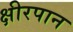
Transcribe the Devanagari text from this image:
क्षीरपान